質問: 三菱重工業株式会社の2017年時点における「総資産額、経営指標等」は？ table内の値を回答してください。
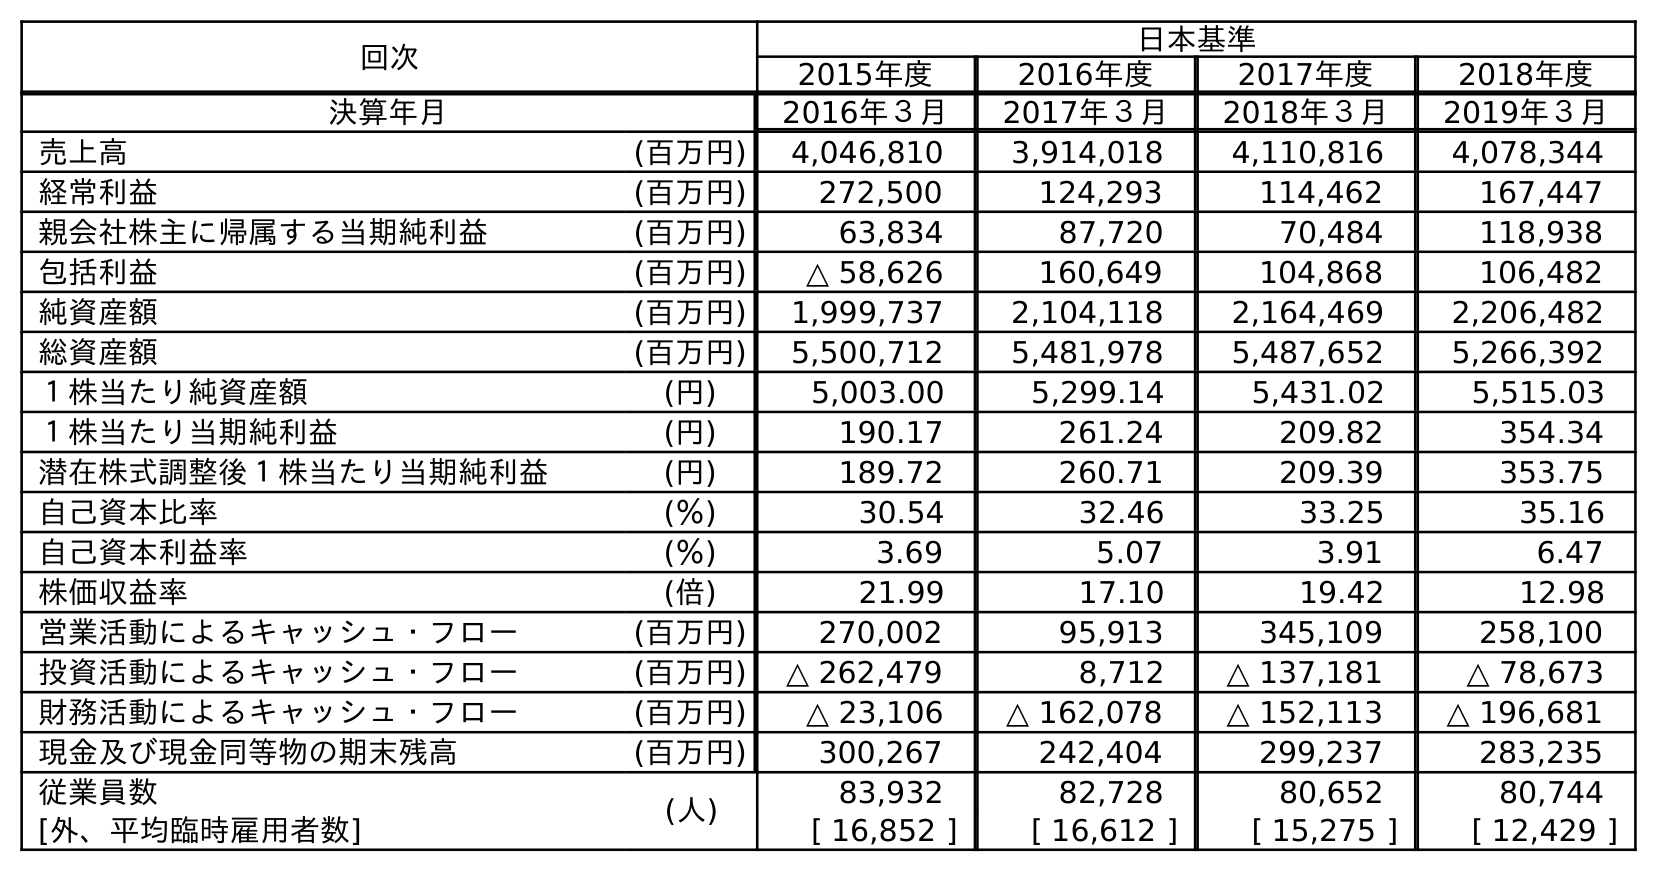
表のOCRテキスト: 回次 日本基準 2015年度 2016年度 2017年度 2018年度 決算年月 2016年３月 2017年３月 2018年３月 2019年３月 売上高 (百万円) 4,046,810 3,914,018 4,110,816 4,078,344 経常利益 (百万円) 272,500 124,293 114,462 167,447 親会社株主に帰属する当期純利益 (百万円) 63,834 87,720 70,484 118,938 包括利益 (百万円) △ 58,626 160,649 104,868 106,482 純資産額 (百万円) 1,999,737 2,104,118 2,164,469 2,206,482 総資産額 (百万円) 5,500,712 5,481,978 5,487,652 5,266,392 １株当たり純資産額 (円) 5,003.00 5,299.14 5,431.02 5,515.03 １株当たり当期純利益 (円) 190.17 261.24 209.82 354.34 潜在株式調整後１株当たり当期純利益 (円) 189.72 260.71 209.39 353.75 自己資本比率 (％) 30.54 32.46 33.25 35.16 自己資本利益率 (％) 3.69 5.07 3.91 6.47 株価収益率 (倍) 21.99 17.10 19.42 12.98 営業活動によるキャッシュ・フロー (百万円) 270,002 95,913 345,109 258,100 投資活動によるキャッシュ・フロー (百万円) △ 262,479 8,712 △ 137,181 △ 78,673 財務活動によるキャッシュ・フロー (百万円) △ 23,106 △ 162,078 △ 152,113 △ 196,681 現金及び現金同等物の期末残高 (百万円) 300,267 242,404 299,237 283,235 従業員数 (人) 83,932 82,728 80,652 80,744 [外、平均臨時雇用者数] [ 16,852 ] [ 16,612 ] [ 15,275 ] [ 12,429 ]
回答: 5,481,978